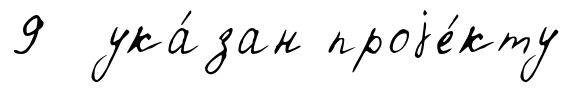
9 ука́зан проjе́кту